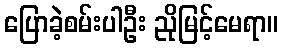
ပြောခဲ့စမ်းပါဦး ညိုမြင့်မေရာ။